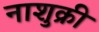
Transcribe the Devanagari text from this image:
नाशुक्री